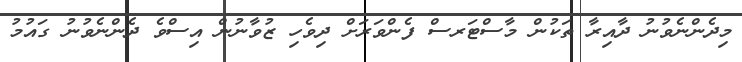
މިދެންނެވުނު ދާއިރާ ތަކުން މާސްޓަރސް ފެންވަރަށް ދިވެހި ޒުވާނުން އިސްވެ ދެންނެވުނު ގައުމު